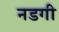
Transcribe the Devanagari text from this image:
नडगी